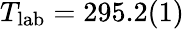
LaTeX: T_{\mathrm{lab}}=295.2(1)